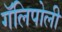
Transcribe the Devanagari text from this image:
गॅलिपोली